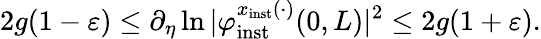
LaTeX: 2g(1-\varepsilon)\le\partial_{\eta}\ln\vert\varphi_{\mathrm{inst}}^{x_{\mathrm{inst}}(\cdot)}(0,L)\vert^{2}\le 2g(1+\varepsilon).